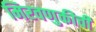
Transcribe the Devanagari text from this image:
मिरवणुकीची